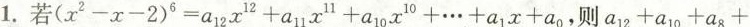
1.若$$(x^{2}-x-2)^{6}=a_{12} x ^{12}+a_{11} x ^{11}+a_{10} x +…+a_{1}x+a_{1},则a_{12}+a_{10}+a_{8}+